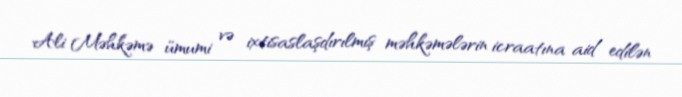
Ali Məhkəmə ümumi və ixtisaslaşdırılmış məhkəmələrin icraatına aid edilən